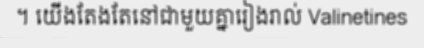
។ យើងតែងតែនៅជាមួយគ្នារៀងរាល់ Valinetines